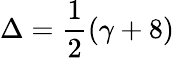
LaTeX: \Delta=\frac{1}{2}(\gamma+8)